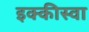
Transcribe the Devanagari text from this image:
इक्कीस्वा